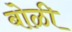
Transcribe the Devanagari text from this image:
बोळी